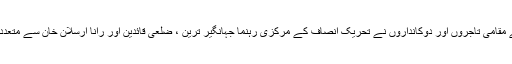
اس حوالے سے مقامی تاجروں اور دوکانداروں نے تحریک انصاف کے مرکزی رہنما جہانگیر ترین ، ضلعی قائدین اور رانا ارسلان خان سے متعدد ملاقاتیں کیں ۔